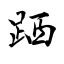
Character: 跴